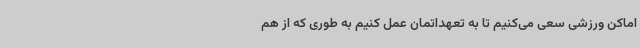
اماکن ورزشی سعی می‌کنیم تا به تعهداتمان عمل کنیم به طوری که از هم